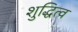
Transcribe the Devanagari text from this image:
शुद्धित्व